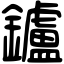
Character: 鑪